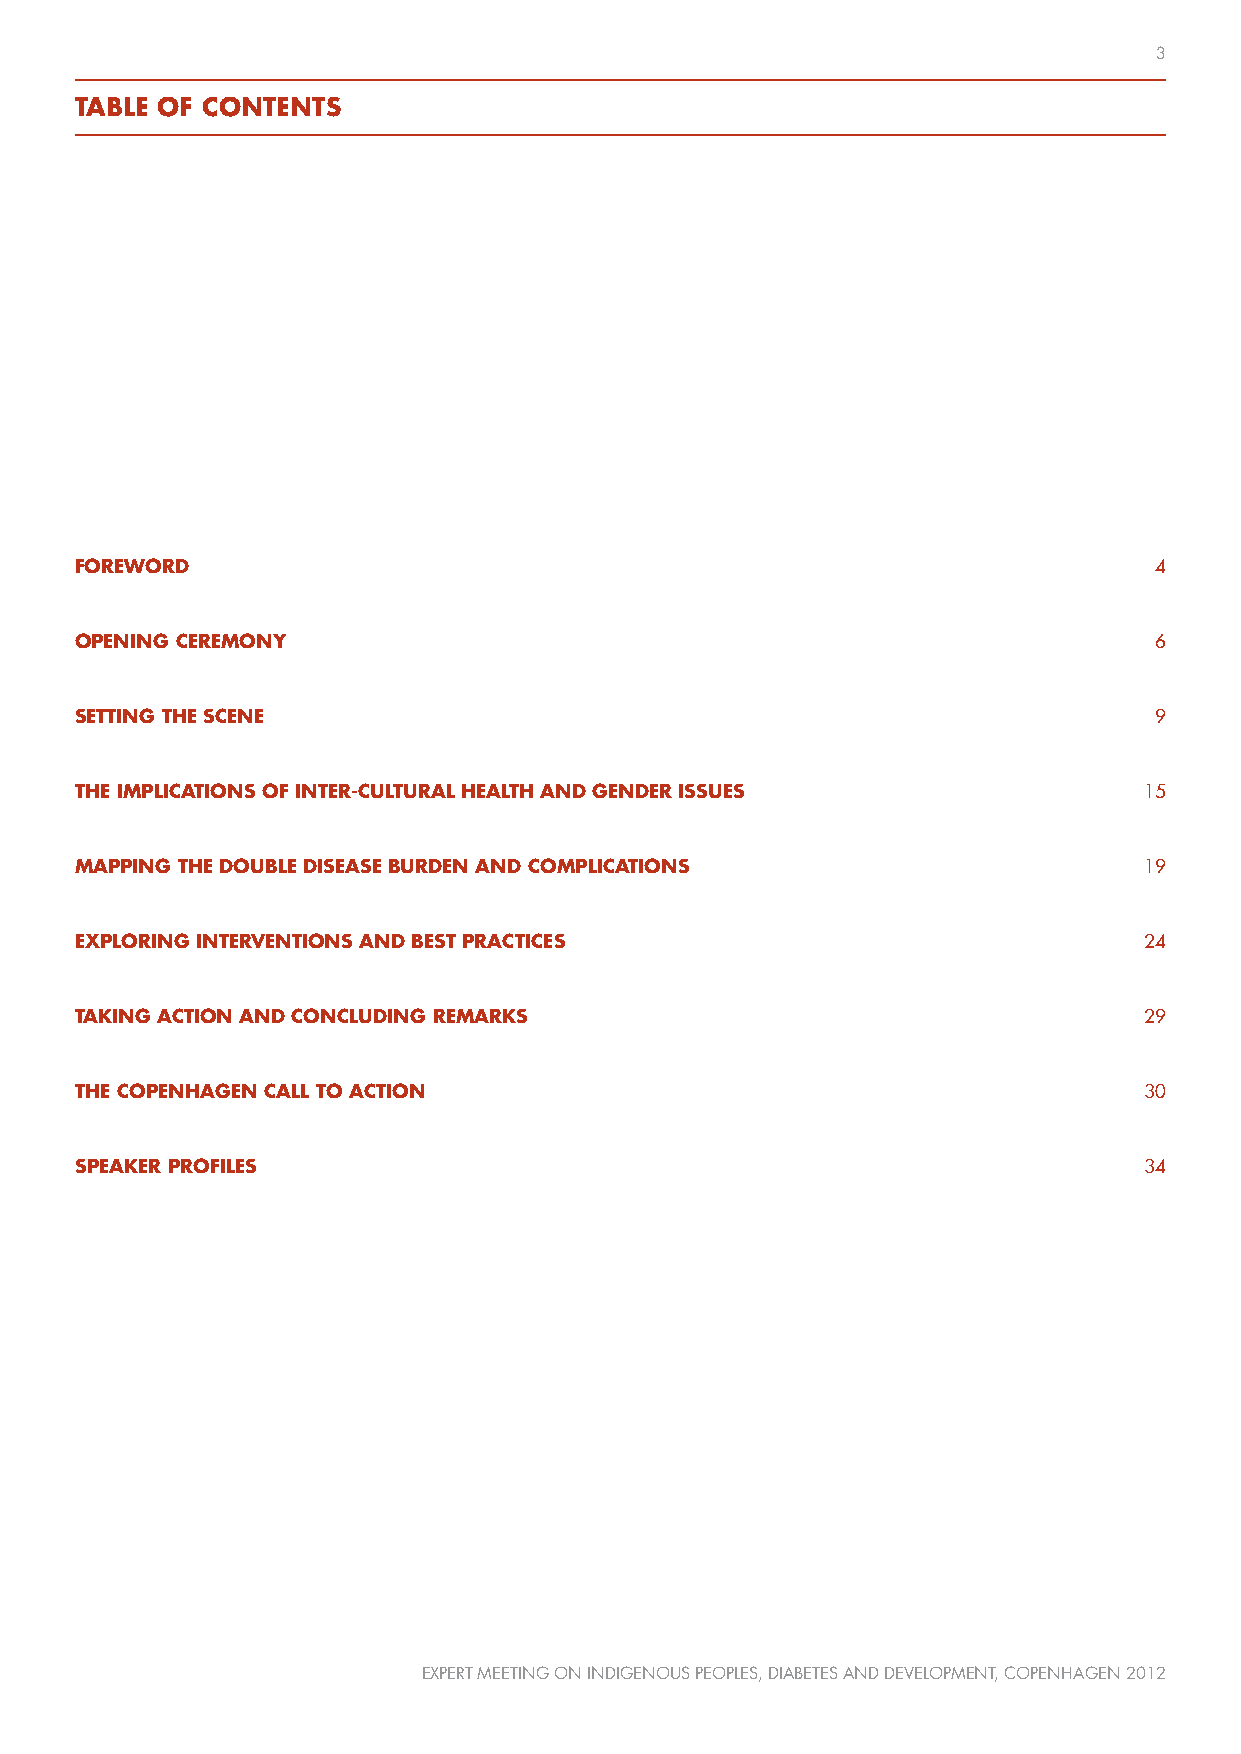
3
 TABLE OF CONTENTS
 FOREWORD                                                               4
 OPENING CEREMONY                                                       6
 SETTING THE SCENE                                                      9
 THE IMPLICATIONS OF INTER-CULTURAL HEALTH AND GENDER ISSUES            15
 MAPPING THE DOUBLE DISEASE BURDEN AND COMPLICATIONS                    19
 EXPLORING INTERVENTIONS AND BEST PRACTICES                             24
 TAKING ACTION AND CONCLUDING REMARKS                                   29
 THE COPENHAGEN CALL TO ACTION                                          30
 SPEAKER PROFILES                                                       34
 EXPERT MEETING ON INDIGENOUS PEOPLES, DIABETES AND DEVELOPMENT, COPENHAGEN 2012